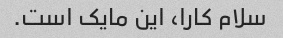
سلام کارا، این مایک است.